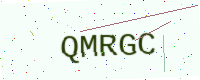
Text: QMRGC